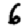
Digit: 6